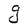
Character: g